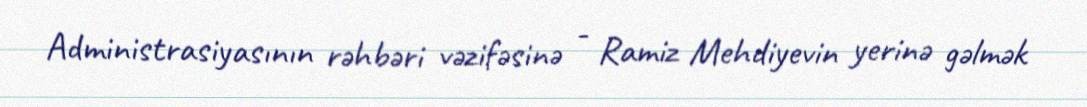
Administrasiyasının rəhbəri vəzifəsinə - Ramiz Mehdiyevin yerinə gəlmək